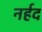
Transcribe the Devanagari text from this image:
नर्हद